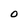
Character: O